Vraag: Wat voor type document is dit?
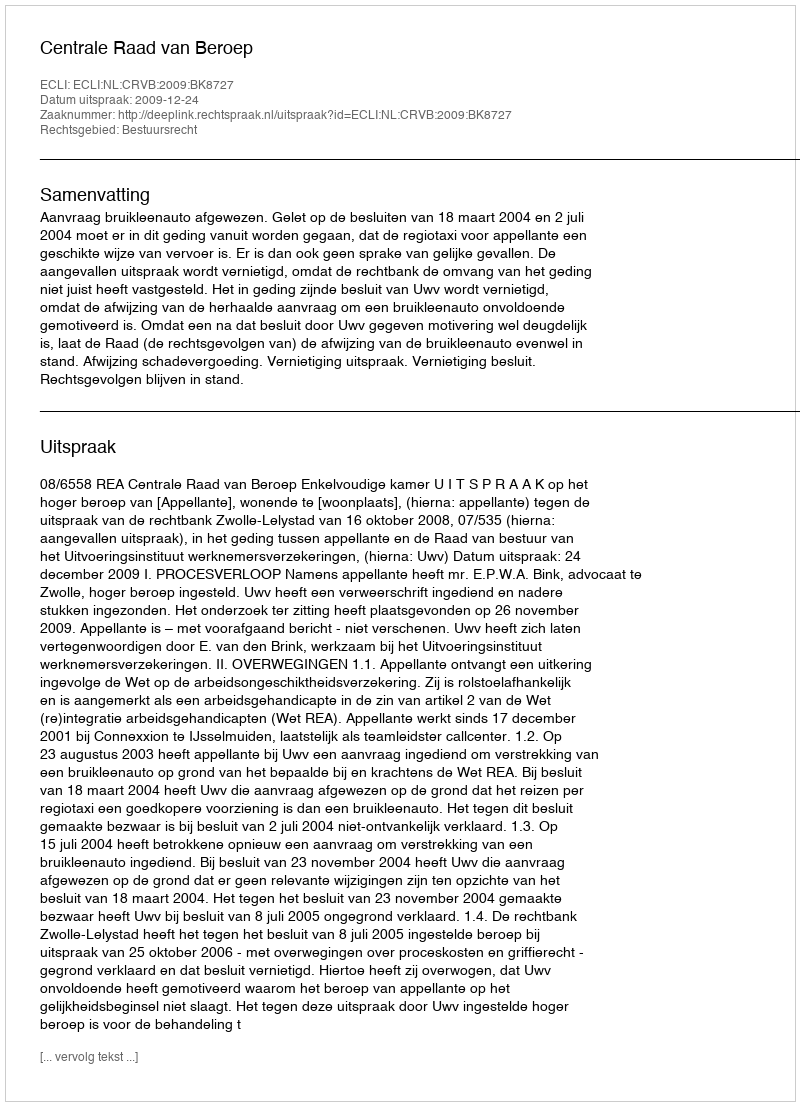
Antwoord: Uitspraak